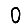
Digit: 0